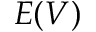
E ( V )